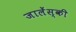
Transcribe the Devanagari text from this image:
जालेंस्की